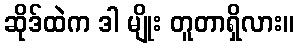
ဆိုဒ်ထဲက ဒါ မျိုး တူတာရှိလား။